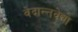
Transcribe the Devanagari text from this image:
वेदान्तवेद्यो